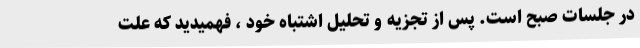
در جلسات صبح است. پس از تجزیه و تحلیل اشتباه خود ، فهمیدید که علت